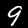
Digit: 9